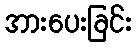
အားပေးခြင်း